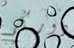
دوركم